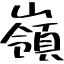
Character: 嶺